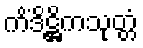
ကိံဒိဋ္ဌိကသုတ္တံ